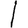
Digit: 1